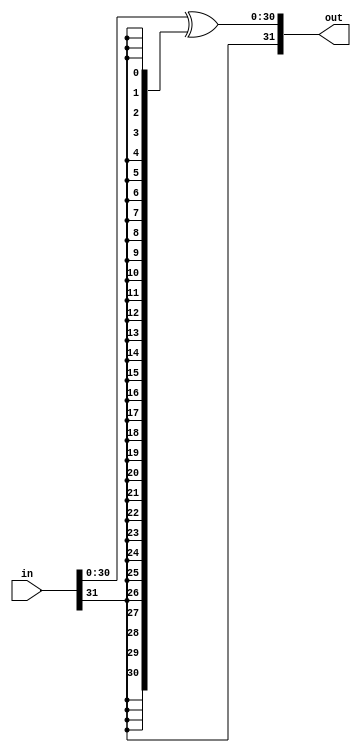
module decoder(output [31:0] out, input [31:0]in);
	reg [31:0]temp;
	always@(in) begin
	temp[30:0] = in[30:0] ^ {31{in[31]}};
	temp[31] = in[31];
	end
	assign out = temp;
endmodule